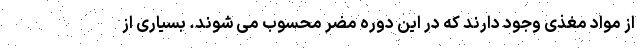
از مواد مغذی وجود دارند که در این دوره مضر محسوب می شوند. بسیاری از